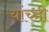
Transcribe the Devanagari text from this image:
यांच्नी